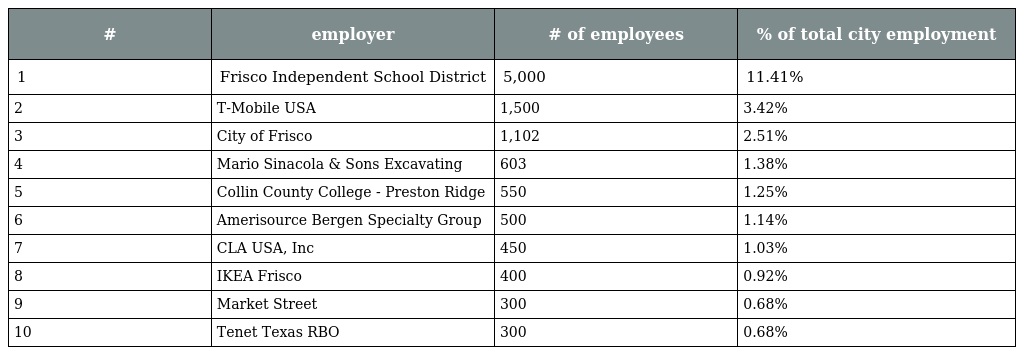
| # | employer | # of employees | % of total city employment |
 | --- | --- | --- | --- |
 | 1 | Frisco Independent School District | 5,000 | 11.41% |
 | 2 | T-Mobile USA | 1,500 | 3.42% |
 | 3 | City of Frisco | 1,102 | 2.51% |
 | 4 | Mario Sinacola & Sons Excavating | 603 | 1.38% |
 | 5 | Collin County College - Preston Ridge | 550 | 1.25% |
 | 6 | Amerisource Bergen Specialty Group | 500 | 1.14% |
 | 7 | CLA USA, Inc | 450 | 1.03% |
 | 8 | IKEA Frisco | 400 | 0.92% |
 | 9 | Market Street | 300 | 0.68% |
 | 10 | Tenet Texas RBO | 300 | 0.68% |